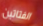
الفتاتين